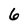
Character: 6